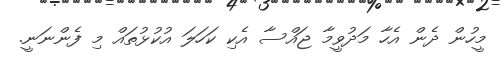
މީހުން ދެން އެހާ މަދުވީމާ ޖައްސާ އެކި ކަހަލަ އުކުޅުތައް މި ފެންނަނީ.